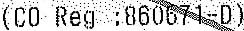
(CO REG :860671-D)